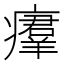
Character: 㿏